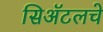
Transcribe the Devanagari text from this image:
सिॲटलचे